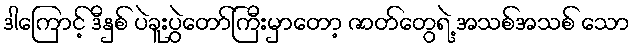
ဒါကြောင့် ဒီနှစ် ပဲခူးပွဲတော်ကြီးမှာတော့ ဇာတ်တွေရဲ့ အသစ်အသစ် သော